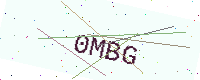
Text: 0MBG